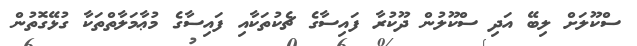
ސްކޫލަށް ލިބޭ އަދި ސްކޫލުން ދޫކުރާ ފައިސާގެ ޗެކުތަކާއި ފައިސާގެ މުޢާމަލާތްތަކާ ގުޅޭގޮތުން